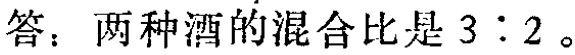
答：两种酒的混合比是 \(3:2\)。